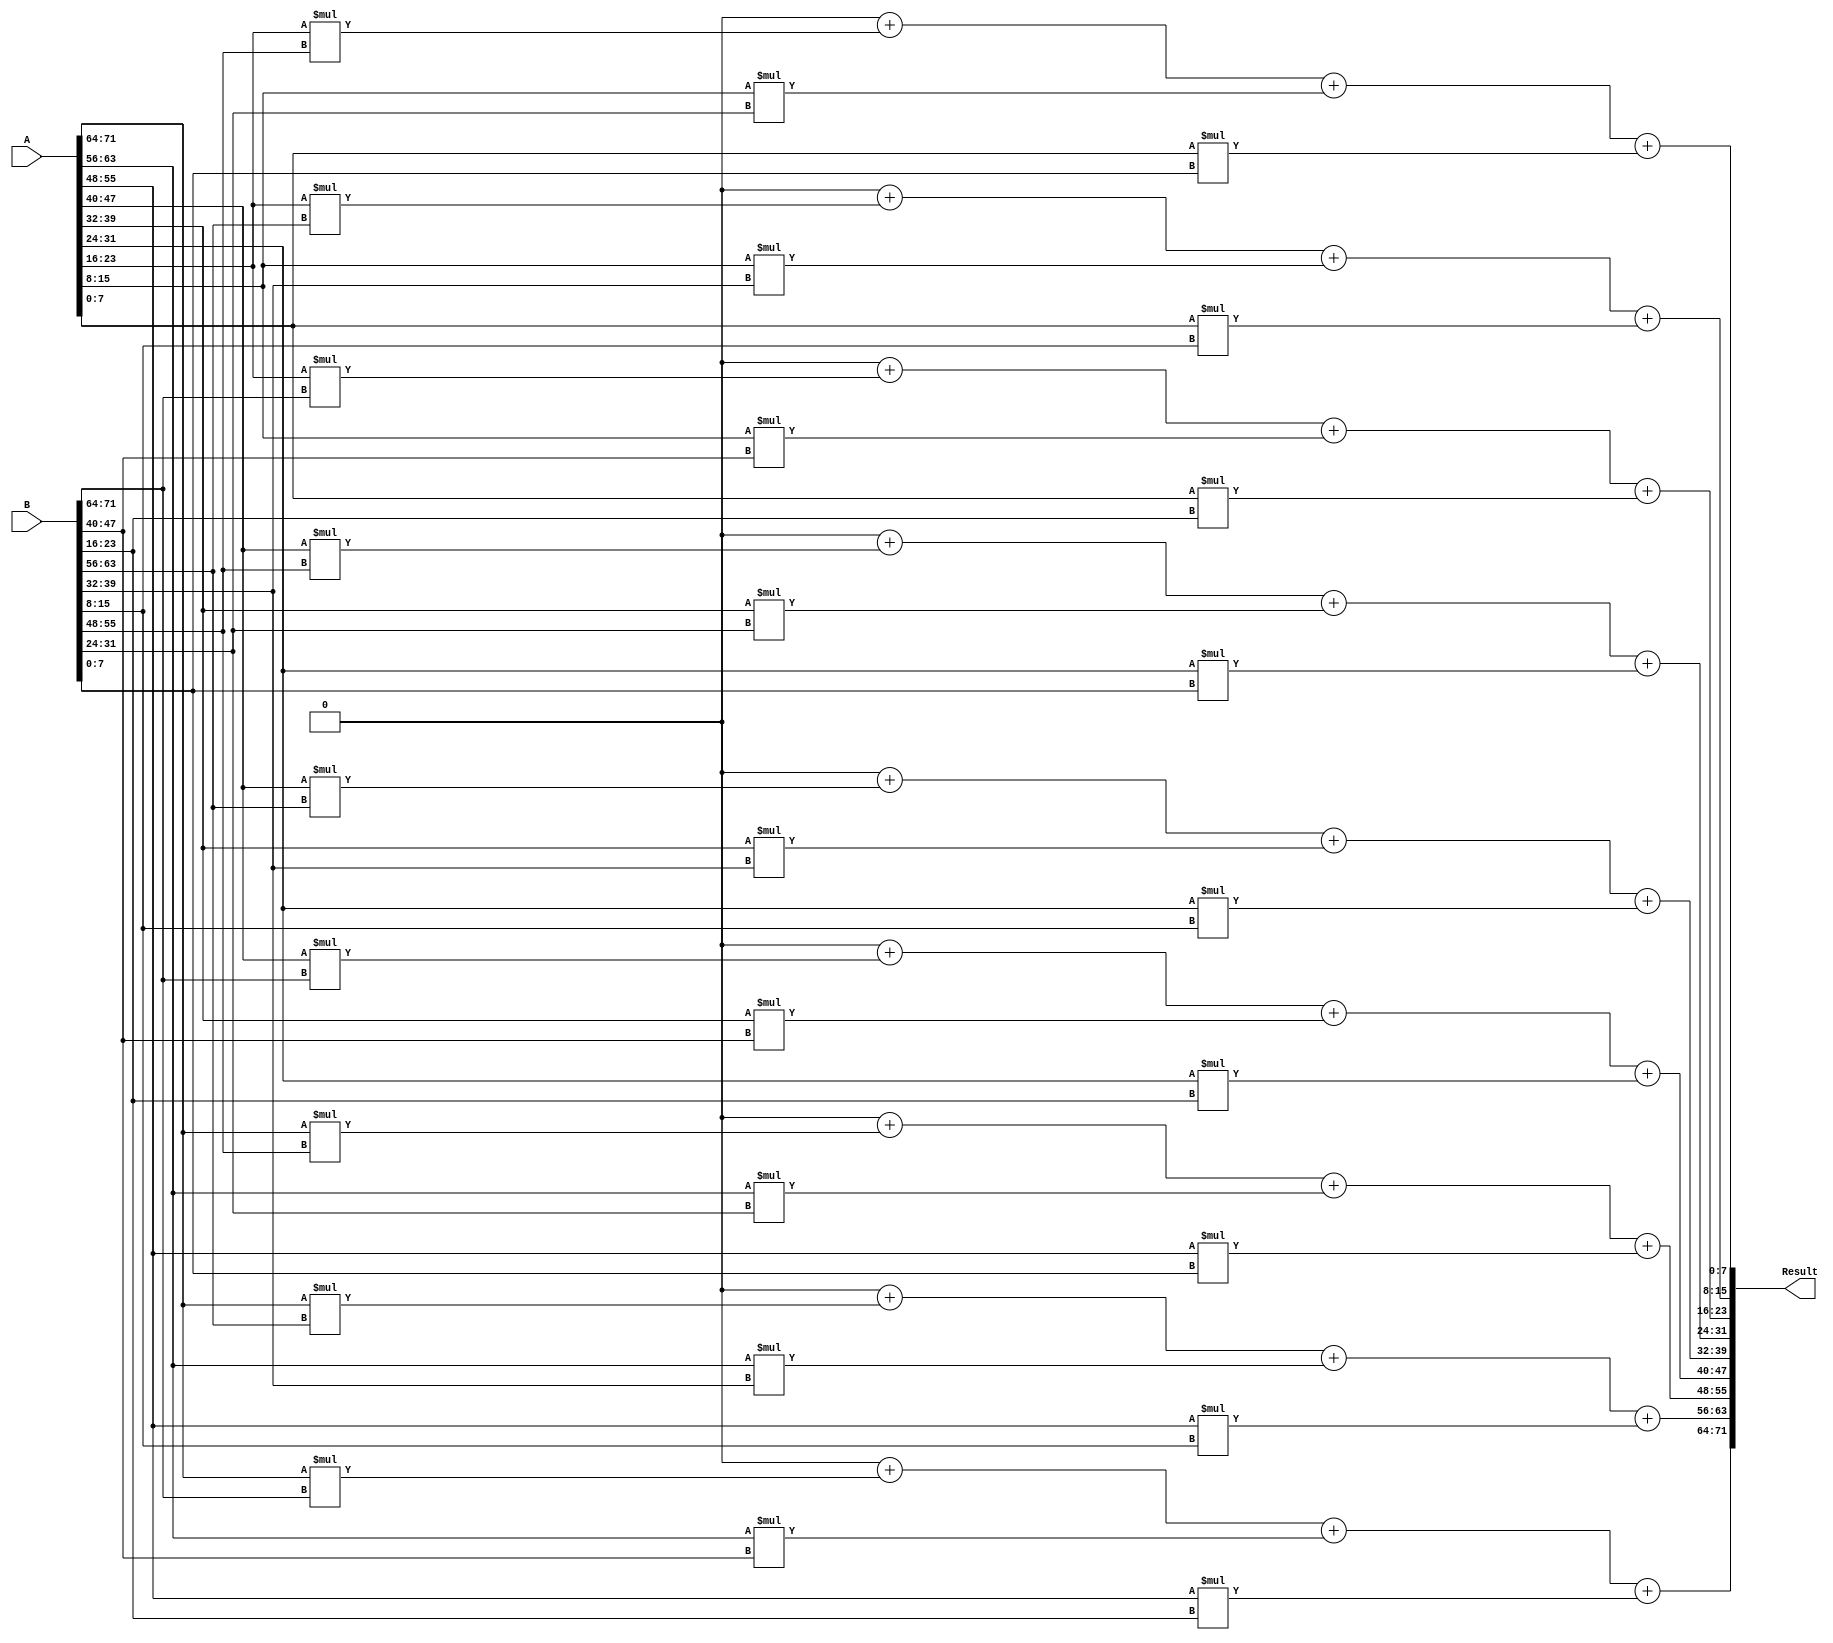
module matmul(A,B,Result);

	input [71:0] A;
	input [71:0] B;
	output [71:0] Result;
	
	reg [71:0] Result;
	reg [7:0] A1 [0:2][0:2];
	reg [7:0] B1 [0:2][0:2];
	reg [7:0] Res1 [0:2][0:2];
	
	integer i,j,k;
	
	always@ (A or B)
	begin
		
		{A1[0][0],A1[0][1],A1[0][2],A1[1][0],A1[1][1],A1[1][2],A1[2][0],A1[2][1],A1[2][2]} = A;
		{B1[0][0],B1[0][1],B1[0][2],B1[1][0],B1[1][1],B1[1][2],B1[2][0],B1[2][1],B1[2][2]} = B;
		{Res1[0][0],Res1[0][1],Res1[0][2],Res1[1][0],Res1[1][1],Res1[1][2],Res1[2][0],Res1[2][1],Res1[2][2]} = 72'd0;
		
		i=0; j=0; k=0;
		
		//$display ("Multiplying");
		
		for(i=0;i<3;i=i+1)
		begin
			for(j=0;j<3;j=j+1)
			begin
				for(k=0;k<3;k=k+1)
				begin
					Res1[i][j]=Res1[i][j]+ (A1[i][k]*B1[k][j]);
				end
			end
		end
		
		Result = {Res1[0][0],Res1[0][1],Res1[0][2],Res1[1][0],Res1[1][1],Res1[1][2],Res1[2][0],Res1[2][1],Res1[2][2]};
	end
	endmodule